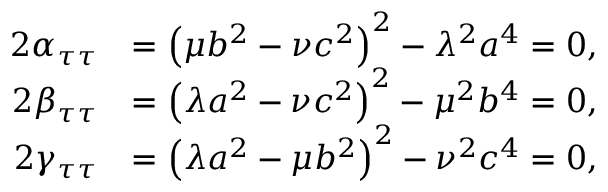
{ \begin{array} { r l } { 2 \alpha _ { \tau \tau } } & { = \left( \mu b ^ { 2 } - \nu c ^ { 2 } \right) ^ { 2 } - \lambda ^ { 2 } a ^ { 4 } = 0 , } \\ { 2 \beta _ { \tau \tau } } & { = \left( \lambda a ^ { 2 } - \nu c ^ { 2 } \right) ^ { 2 } - \mu ^ { 2 } b ^ { 4 } = 0 , } \\ { 2 \gamma _ { \tau \tau } } & { = \left( \lambda a ^ { 2 } - \mu b ^ { 2 } \right) ^ { 2 } - \nu ^ { 2 } c ^ { 4 } = 0 , } \end{array} }